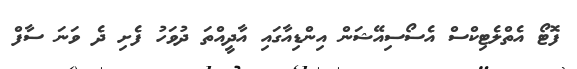
ފޮޓޯ އެތްލެޓިކްސް އެސޯސިއޭޝަން އިންޑިއާގައި އާދީއްތަ ދުވަހު ފެށި ދެ ވަނަ ސާފް